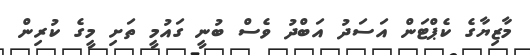
މާޒިޔާގެ ކެޕްޓަން އަސަދު އަބްދު ވެސް ބުނީ ގައުމީ ތަށި މީގެ ކުރިން